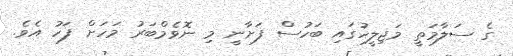
ގެ ސަލާމަތީ މަޖިލީހުގައި ބަހުސް ފަށާނީ މި ނޮވެމްބަރު މަހަށް ފަހު އެވެ.